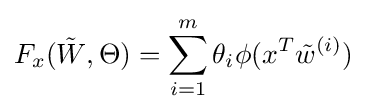
F_{x}({\tilde {W}},\Theta )=\sum _{i=1}^{m}\theta _{i}\phi (x^{T}{\tilde {w}}^{(i)})